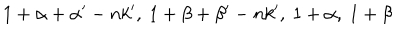
1 + \alpha + \alpha ^ { \prime } - n k ^ { \prime } , ~ 1 + \beta + \beta ^ { \prime } - n k ^ { \prime } , ~ 1 + \alpha , ~ 1 + \beta